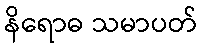
နိရောဓ သမာပတ်